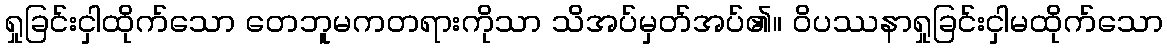
ရှုခြင်းငှါထိုက်သော တေဘူမကတရားကိုသာ သိအပ်မှတ်အပ်၏။ ဝိပဿနာရှုခြင်းငှါမထိုက်သော